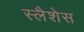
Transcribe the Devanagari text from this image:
स्लैशेस